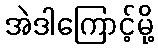
အဲဒါကြောင့်မို့